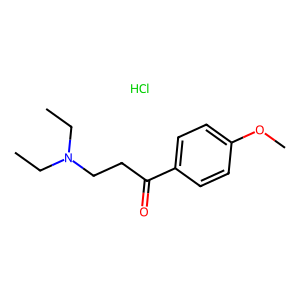
SMILES: CCN(CC)CCC(=O)c1ccc(OC)cc1.Cl
Inhibits HIV replication: No